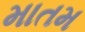
માતમ